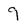
Character: 9